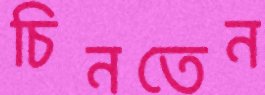
চিনতেন